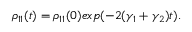
\rho _ { 1 1 } ( t ) = \rho _ { 1 1 } ( 0 ) e x p ( - 2 ( \gamma _ { 1 } + \gamma _ { 2 } ) t ) .